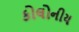
કોલોનીય